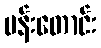
ပန်းတောင်း